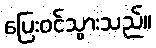
ပြေးဝင်သွားသည်။